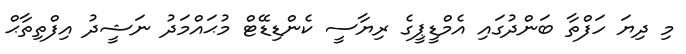
މި ދިޔަ ހަފްތާ ބަންދުގައި އެމްޑީޕީގެ ރިޔާސީ ކެންޑިޑޭޓް މުޙައްމަދު ނަޝީދު އިފްތިތާޙް